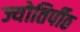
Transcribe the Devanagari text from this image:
ज्योतिर्पीठ